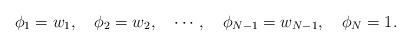
LaTeX: \begin{align*}\phi_1=w_1, \quad \phi_2=w_2, \quad \cdots, \quad \phi_{N-1}=w_{N-1}, \quad \phi_N=1 .\end{align*}